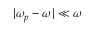
| \omega _ { p } - \omega | \ll \omega